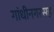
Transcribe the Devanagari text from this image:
गांधीनगरसह